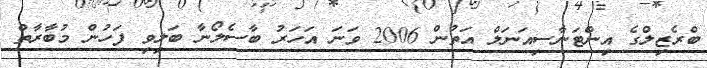
ބްރެޒިލްގެ އިންޓަނާސިއަނަލް އަތުން 2006 ވަނަ އަހަރު ބާސެލޯނާ ބަލިވި ފަހުން މުބާރާތް